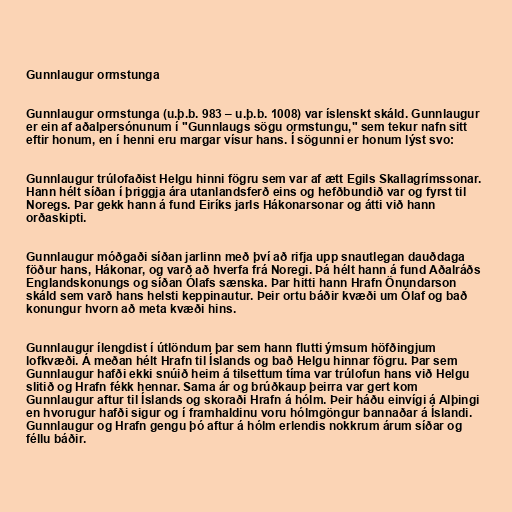
Gunnlaugur ormstunga

Gunnlaugur ormstunga (u.þ.b. 983 – u.þ.b. 1008) var íslenskt skáld. Gunnlaugur
er ein af aðalpersónunum í "Gunnlaugs sögu ormstungu," sem tekur nafn sitt
eftir honum, en í henni eru margar vísur hans. Í sögunni er honum lýst svo:

Gunnlaugur trúlofaðist Helgu hinni fögru sem var af ætt Egils Skallagrímssonar.
Hann hélt síðan í þriggja ára utanlandsferð eins og hefðbundið var og fyrst til
Noregs. Þar gekk hann á fund Eiríks jarls Hákonarsonar og átti við hann
orðaskipti.

Gunnlaugur móðgaði síðan jarlinn með því að rifja upp snautlegan dauðdaga
föður hans, Hákonar, og varð að hverfa frá Noregi. Þá hélt hann á fund Aðalráðs
Englandskonungs og síðan Ólafs sænska. Þar hitti hann Hrafn Önundarson
skáld sem varð hans helsti keppinautur. Þeir ortu báðir kvæði um Ólaf og bað
konungur hvorn að meta kvæði hins.

Gunnlaugur ílengdist í útlöndum þar sem hann flutti ýmsum höfðingjum
lofkvæði. Á meðan hélt Hrafn til Íslands og bað Helgu hinnar fögru. Þar sem
Gunnlaugur hafði ekki snúið heim á tilsettum tíma var trúlofun hans við Helgu
slitið og Hrafn fékk hennar. Sama ár og brúðkaup þeirra var gert kom
Gunnlaugur aftur til Íslands og skoraði Hrafn á hólm. Þeir háðu einvígi á Alþingi
en hvorugur hafði sigur og í framhaldinu voru hólmgöngur bannaðar á Íslandi.
Gunnlaugur og Hrafn gengu þó aftur á hólm erlendis nokkrum árum síðar og
féllu báðir.